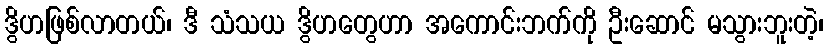
ဒွိဟဖြစ်လာတယ်၊ ဒီ သံသယ ဒွိဟတွေဟာ အကောင်းဘက်ကို ဦးဆောင် မသွားဘူးတဲ့၊